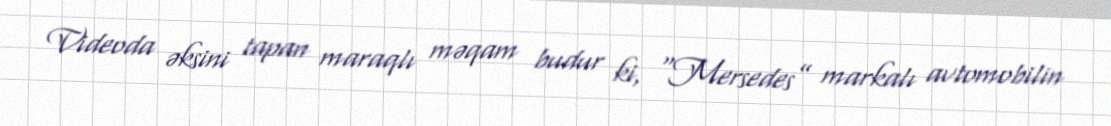
Videoda əksini tapan maraqlı məqam budur ki, “Mersedes” markalı avtomobilin